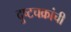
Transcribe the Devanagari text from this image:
दुष्टचक्रांची